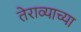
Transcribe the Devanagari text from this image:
तेराव्याच्या